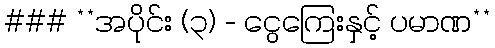
### **အပိုင်း (၃) - ငွေကြေးနှင့် ပမာဏ**